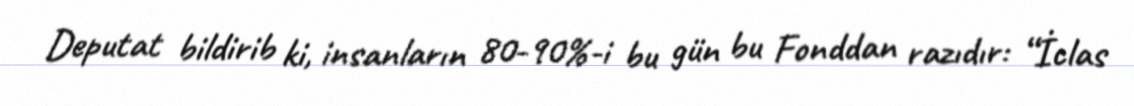
Deputat bildirib ki, insanların 80-90%-i bu gün bu Fonddan razıdır: “İclas